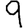
Digit: 9